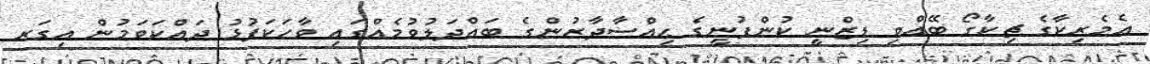
އެމެރިކާގެ ޗިކާގޯ ބޭއްވި ޑިޒްނީ ކުންފުނީގެ ޙިއްސާދާރުންގެ ބައްދަލުވުމެއްގައި ވާހަކަފުޅު ދައްކަވަމުން އިގަރ